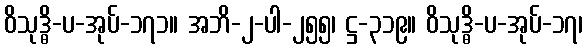
ဝိသုဒ္ဓိ-ပ-အုပ်-၁၇၁။ အဘိ-၂-ပါ-၂၅၅၊ ဋ္ဌ-၃၁၉။ ဝိသုဒ္ဓိ-ပ-အုပ်-၁၇၊